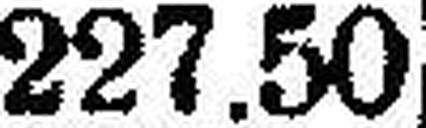
227.50